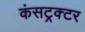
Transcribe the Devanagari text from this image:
कंसट्रक्टर